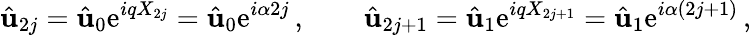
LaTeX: \hat{\mathbf{u}}_{2j}=\hat{\mathbf{u}}_{0}\mathrm{e}^{iqX_{2j}}=\hat{\mathbf{u}}_{0}\mathrm{e}^{i\alpha 2j}\, ,\qquad\hat{\mathbf{u}}_{2j+1}=\hat{\mathbf{u}}_{1}\mathrm{e}^{iqX_{2j+1}}=\hat{\mathbf{u}}_{1}\mathrm{e}^{i\alpha(2j+1)}\, ,